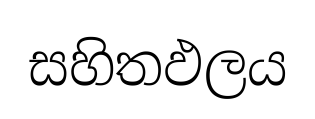
සහිතඵලය